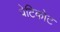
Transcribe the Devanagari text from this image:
पेटिकोट